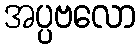
အပ္ပဗလော